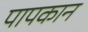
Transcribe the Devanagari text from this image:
पापकान